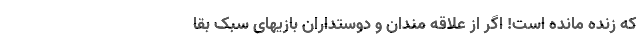
که زنده مانده است! اگر از علاقه مندان و دوستداران بازیهای سبک بقا